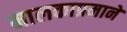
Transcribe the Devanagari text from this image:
मालकाप्रमाने